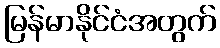
မြန်မာနိုင်ငံအတွက်